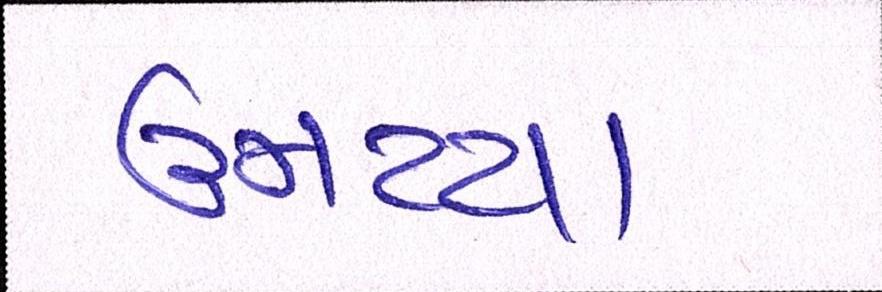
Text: ઉમટયા